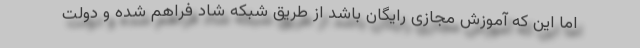
اما این که آموزش مجازی رایگان باشد از طریق شبکه شاد فراهم شده و دولت